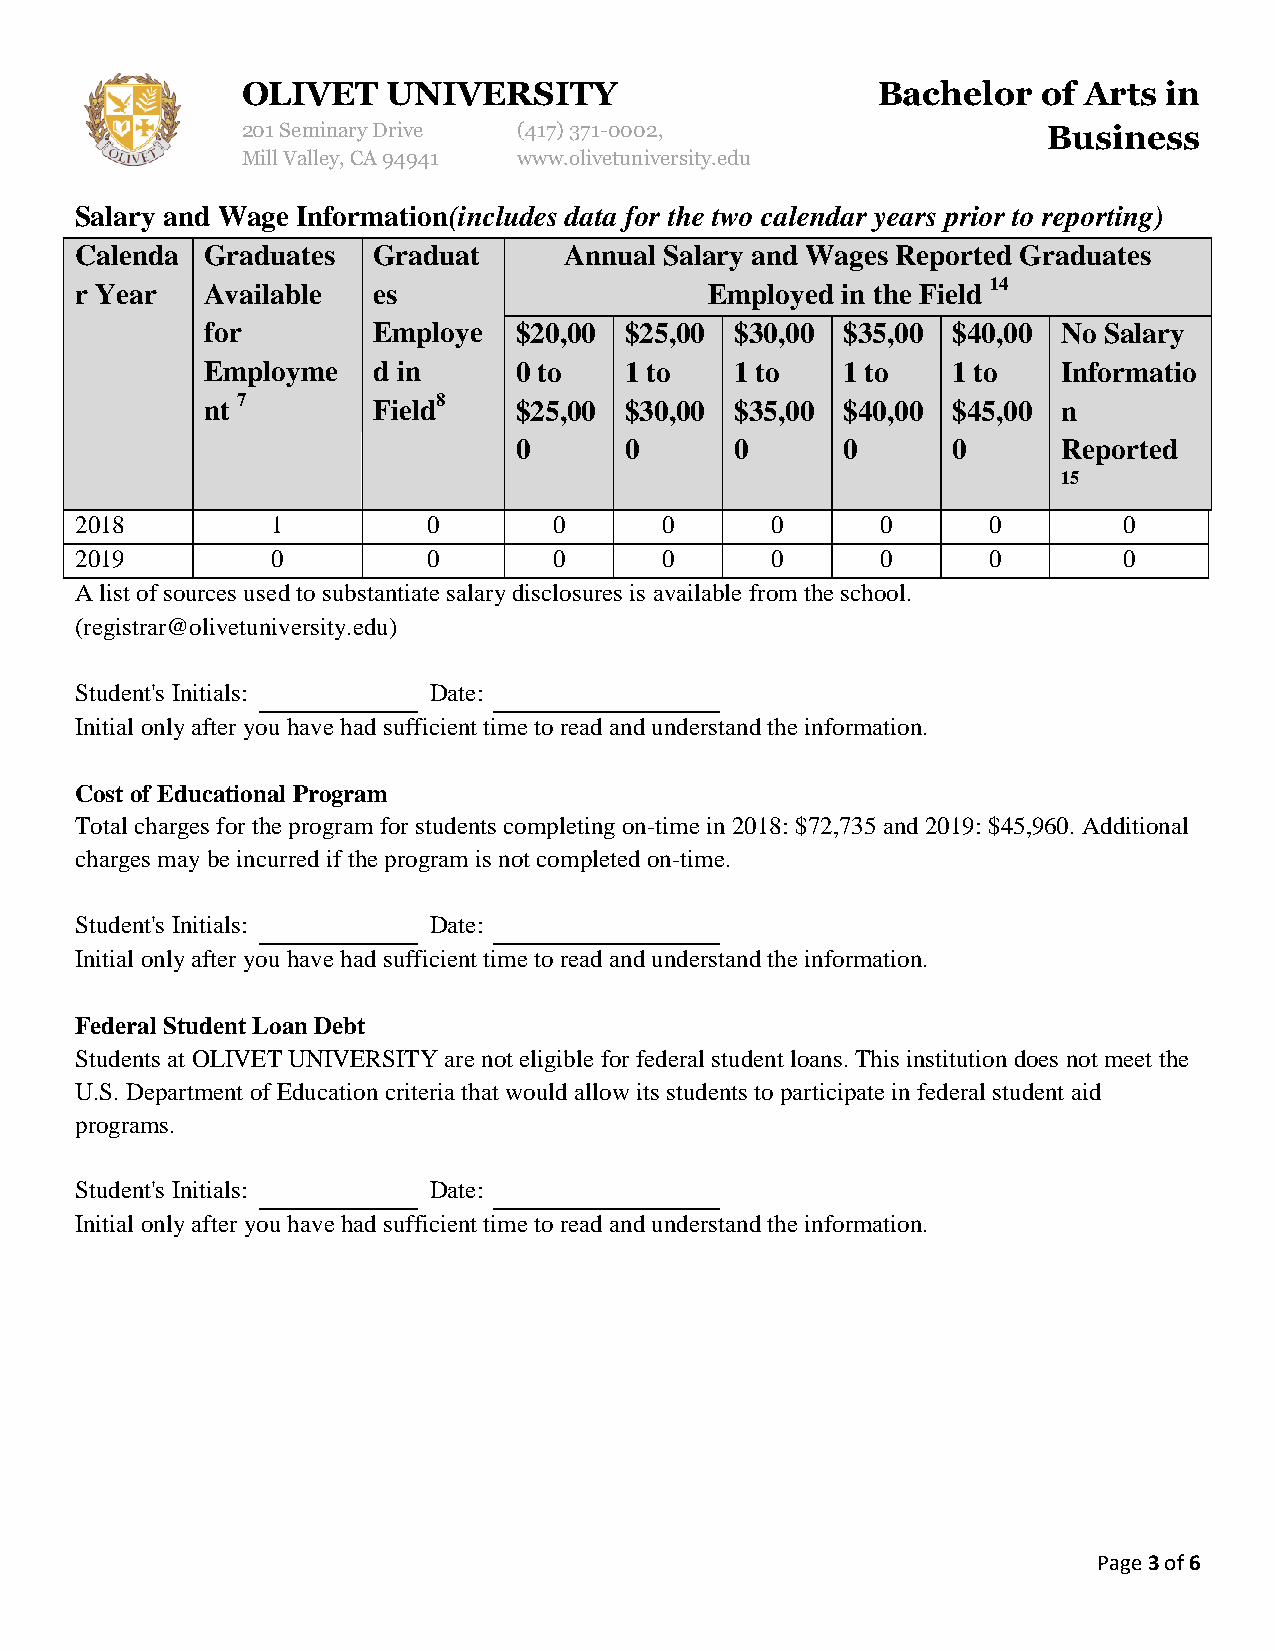
OLIVET    UNIVERSITY                      Bachelor   of Arts in
 201 Seminary Drive (417)371-0002,                    Business
 Mill Valley, CA 94941 www.olivetuniversity.edu
 Salary and Wage Information(includes data for the two calendar years prior to reporting)
 Calenda  Graduates  Graduat     Annual Salary and Wages Reported Graduates
 r Year   Available  es                    Employed in the Field 14
 for        Employe  $20,00 $25,00  $30,00 $35,00 $40,00 No Salary
 Employme   d in     0 to   1 to    1 to   1 to   1 to   Informatio
 nt 7       Field8   $25,00 $30,00  $35,00 $40,00 $45,00 n
 0      0       0      0      0      Reported
 15
 2018         1         0        0      0      0      0      0        0
 2019         0         0        0      0      0      0      0        0
 A list of sources used to substantiate salary disclosures is available from the school.
 (registrar@olivetuniversity.edu)
 Student's Initials:    Date:
 Initial only after you have had sufficient time to read and understand the information.
 Cost of Educational Program
 Total charges for the program for students completing on-time in 2018: $72,735 and 2019: $45,960. Additional
 charges may be incurred if the program is not completed on-time.
 Student's Initials:    Date:
 Initial only after you have had sufficient time to read and understand the information.
 Federal Student Loan Debt
 Students at OLIVET UNIVERSITY are not eligible for federal student loans. This institution does not meet the
 U.S. Department of Education criteria that would allow its students to participate in federal student aid
 programs.
 Student's Initials:    Date:
 Initial only after you have had sufficient time to read and understand the information.
 Page 3 of 6